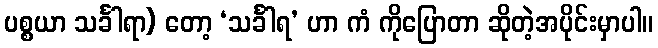
ပစ္စယာ သင်္ခါရာ) တော့ ‘သင်္ခါရ’ ဟာ ကံ ကိုပြောတာ ဆိုတဲ့အပိုင်းမှာပါ။